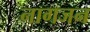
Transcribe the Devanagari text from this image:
नागजन